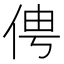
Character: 俜